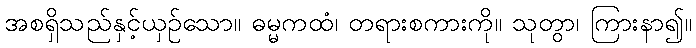
အစရှိသည်နှင့်ယှဉ်သော။ ဓမ္မကထံ၊ တရားစကားကို။ သုတွာ၊ ကြားနာ၍။